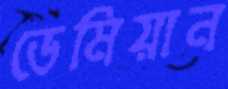
ডেমিয়ান